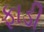
ફાડી